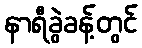
နာရီခွဲခန့်တွင်